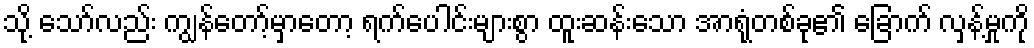
သို့ သော်လည်း ကျွန်တော့်မှာတော့ ရက်ပေါင်းများစွာ ထူးဆန်းသော အာရုံတစ်ခု၏ ခြောက် လှန့်မှုကို